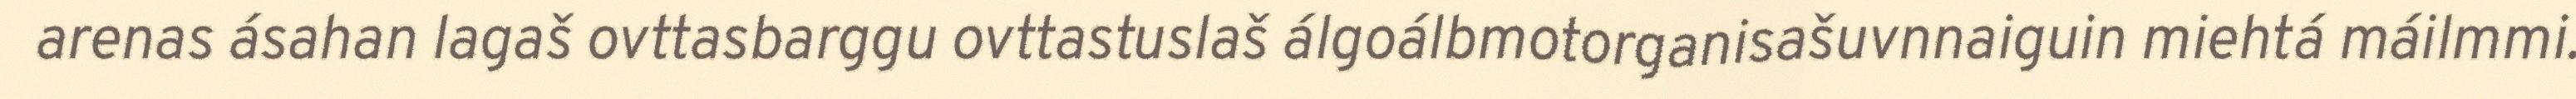
arenas ásahan lagaš ovttasbarggu ovttastuslaš álgoálbmotorganisašuvnnaiguin miehtá máilmmi.